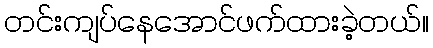
တင်းကျပ်နေအောင်ဖက်ထားခဲ့တယ်။